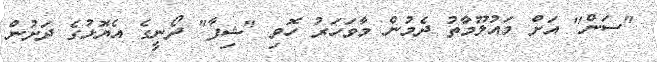
"ސަން" އަށް މައުލޫމާތު ދެމުން މާވަހަރު ހޮވި "ޝިފާ" ދޯނީގެ އެޔޮޅުގެ ދަށުން